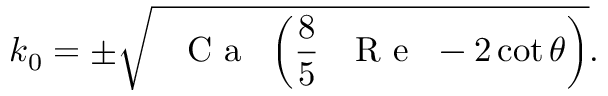
k _ { 0 } = \pm \sqrt { \mathrm { ~ \textit ~ { ~ C ~ a ~ } ~ } \left( \frac { 8 } { 5 } \mathrm { ~ \textit ~ { ~ R ~ e ~ } ~ } - 2 \cot \theta \right) } .